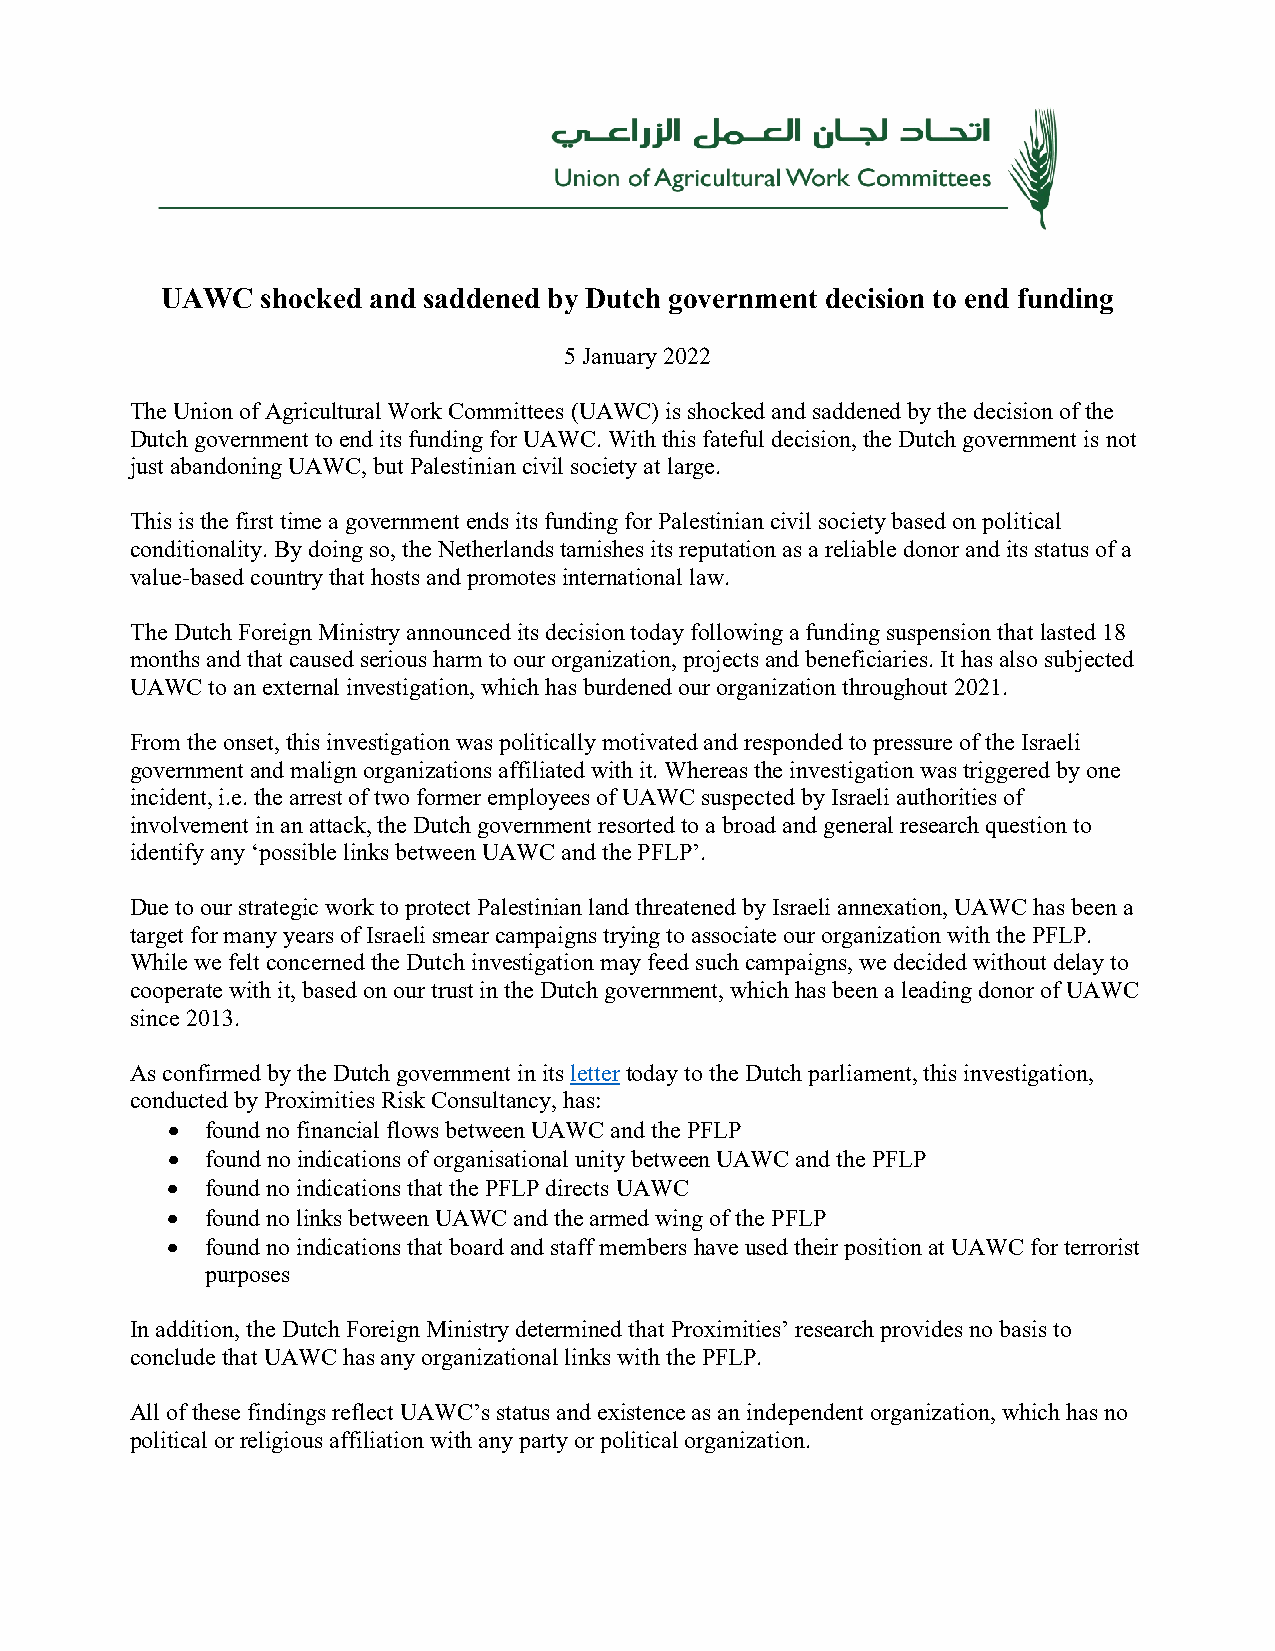
UAWC  shocked and saddened by Dutch government decision to end funding
 5 January 2022
 The Union of Agricultural Work Committees (UAWC) is shocked and saddened by the decision of the
 Dutch government to end its funding for UAWC. With this fateful decision, the Dutch government is not
 just abandoning UAWC, but Palestinian civil society at large.
 This is the first time a government ends its funding for Palestinian civil society based on political
 conditionality. By doing so, the Netherlands tarnishes its reputation as a reliable donor and its status of a
 value-based country that hosts and promotes international law.
 The Dutch Foreign Ministry announced its decision today following a funding suspension that lasted 18
 months and that caused serious harm to our organization, projects and beneficiaries. It has also subjected
 UAWC to an external investigation, which has burdened our organization throughout 2021.
 From the onset, this investigation was politically motivated and responded to pressure of the Israeli
 government and malign organizations affiliated with it. Whereas the investigation was triggered by one
 incident, i.e. the arrest of two former employees of UAWC suspected by Israeli authorities of
 involvement in an attack, the Dutch government resorted to a broad and general research question to
 identify any ‘possible links between UAWC and the PFLP’.
 Due to our strategic work to protect Palestinian land threatened by Israeli annexation, UAWC has been a
 target for many years of Israeli smear campaigns trying to associate our organization with the PFLP.
 While we felt concerned the Dutch investigation may feed such campaigns, we decided without delay to
 cooperate with it, based on our trust in the Dutch government, which has been a leading donor of UAWC
 since 2013.
 As confirmed by the Dutch government in its letter today to the Dutch parliament, this investigation,
 conducted by Proximities Risk Consultancy, has:
 •  found no financial flows between UAWC and the PFLP
 •  found no indications of organisational unity between UAWC and the PFLP
 •  found no indications that the PFLP directs UAWC
 •  found no links between UAWC and the armed wing of the PFLP
 •  found no indications that board and staff members have used their position at UAWC for terrorist
 purposes
 In addition, the Dutch Foreign Ministry determined that Proximities’ research provides no basis to
 conclude that UAWC has any organizational links with the PFLP.
 All of these findings reflect UAWC’s status and existence as an independent organization, which has no
 political or religious affiliation with any party or political organization.